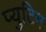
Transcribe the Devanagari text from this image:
प्युटिन